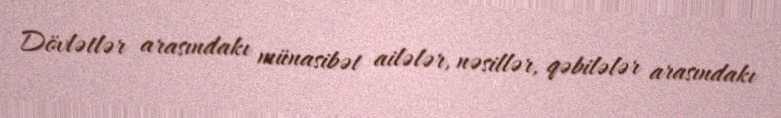
Dövlətlər arasındakı münasibət ailələr, nəsillər, qəbilələr arasındakı